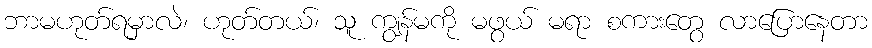
ဘာမဟုတ်ရမှာလဲ၊ ဟုတ်တယ်၊ သူ ကျွန်မကို မဖွယ် မရာ စကားတွေ လာပြောနေတာ